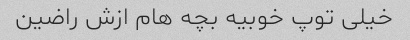
خیلی توپ خوبیه بچه هام ازش راضین